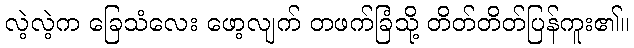
လဲ့လဲ့က ခြေသံလေး ဖော့လျက် တဖက်ခြံသို့ တိတ်တိတ်ပြန်ကူး၏။